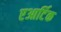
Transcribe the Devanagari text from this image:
एआर्टिक